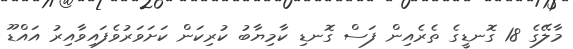
މާލޭގެ 18 ގޮނޑީގެ ތެރެއިން ފަސް ގޮނޑި ކާމިޔާބު ކުރިކަން ކަށަވަރުވެފައިވާއިރު އައްޑޫ